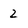
Character: 2